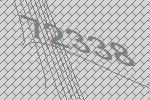
72338